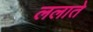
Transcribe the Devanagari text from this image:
ललाते